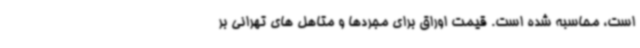
است، محاسبه شده است. قیمت اوراق برای مجردها و متاهل های تهرانی بر